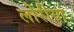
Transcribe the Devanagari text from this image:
लोरीयां